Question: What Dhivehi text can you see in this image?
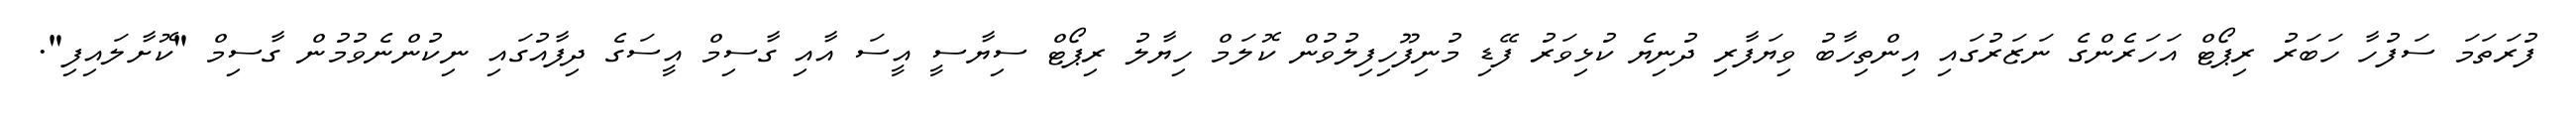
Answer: ފުރަތަމަ ސަފުހާ ހަބަރު ރިޕޯޓް އަހަރެންގެ ނަޒަރުގައި އިންތިހާބު ވިޔަފާރި ދުނިޔެ ކުޅިވަރު ފޭޑި މުނިފޫހިފިލުވުން ކޮލަމް ހިޔާލު ރިޕޯޓް ސިޔާސީ އީސަ އާއި ގާސިމް އީސަގެ ދިފާއުގައި ނިކުންނެވުމުން ގާސިމް "ކޮށާލައިފި".